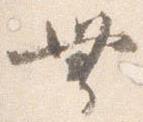
無